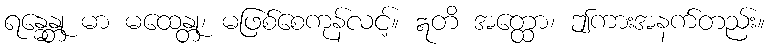
ရန္ဓေန္တု မာ မထေန္တု၊ မဖြစ်စေကုန်လင့်။ ဣတိ အတ္ထော၊ ဤကားအနက်တည်း။